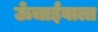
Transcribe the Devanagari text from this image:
ऊँचाईवाला